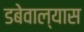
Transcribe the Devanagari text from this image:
डबेवाल्यास